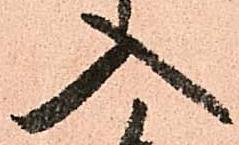
入